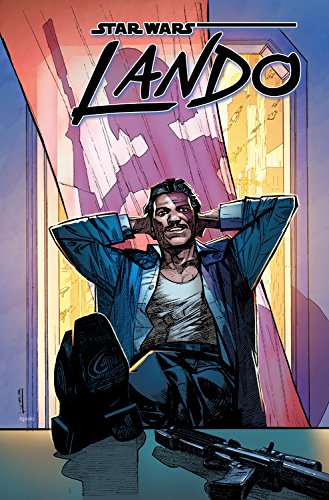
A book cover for Star Wars: Lando; Charles Soule; Comics & Graphic Novels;